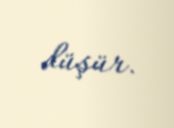
düşür.